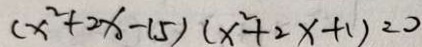
( x ^ { 2 } + 2 x - 1 5 ) ( x ^ { 2 } + 2 x + 1 ) = 0